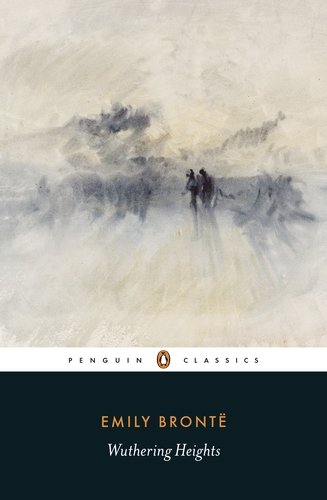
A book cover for Wuthering Heights (Penguin Classics); Emily BrontÃ«; Literature & Fiction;